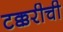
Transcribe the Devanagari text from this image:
टक्करीची